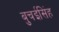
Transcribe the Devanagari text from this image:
बुचईसिंह